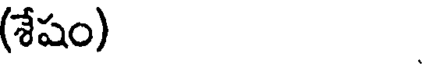
(శేషం)